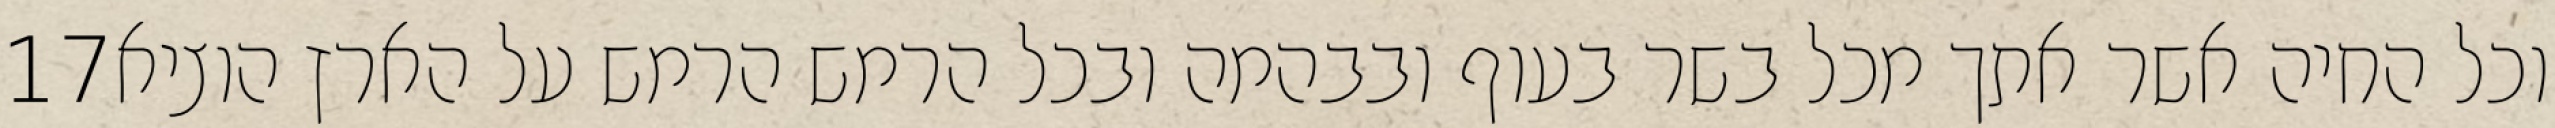
‎17‏ וכל החיה אשר אתך מכל בשר בעוף ובבהמה ובכל הרמש הרמש על הארץ הוציא